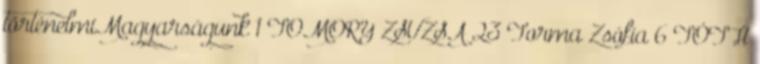
történelmiMagyarságunk 1 TOMORY ZSUZSA 23 Torma Zsófia 6 TÓTH